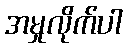
အမှုလိုက်ပါ